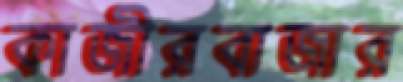
কাজীরবাজার